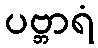
ပဗ္ဘာရံ